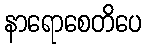
နာရောစေတိပေ